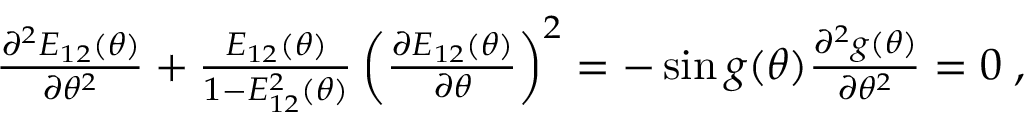
\begin{array} { r } { \frac { \partial ^ { 2 } E _ { 1 2 } ( \theta ) } { \partial \theta ^ { 2 } } + \frac { E _ { 1 2 } ( \theta ) } { 1 - E _ { 1 2 } ^ { 2 } ( \theta ) } \left( \frac { \partial E _ { 1 2 } ( \theta ) } { \partial \theta } \right) ^ { 2 } = - \sin g ( \theta ) \frac { \partial ^ { 2 } g ( \theta ) } { \partial \theta ^ { 2 } } = 0 \; , } \end{array}